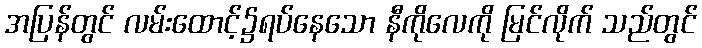
အပြန်တွင် လမ်းထောင့်၌ရပ်နေသော နီကိုလေကို မြင်လိုက် သည်တွင်